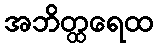
အဘိတ္ထရေထ